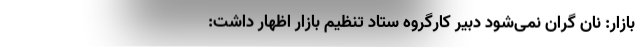
بازار: نان گران نمی‌شود دبیر کارگروه ستاد تنظیم بازار اظهار داشت: